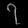
Digit: ၇